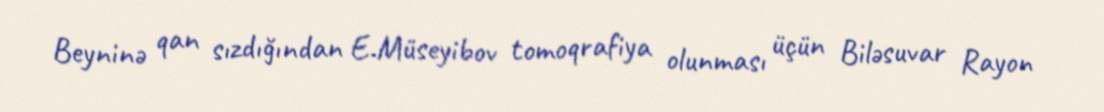
Beyninə qan sızdığından E.Müseyibov tomoqrafiya olunması üçün Biləsuvar Rayon